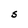
Character: S